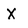
Character: X